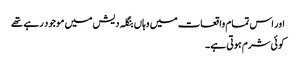
اور اس تمام واقعات میں وہاں بنگلہ دیش میں موجود رہے تھے
کوئی شرم ہوتی ہے ۔